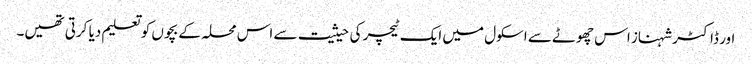
اور ڈاکٹر شہناز اس چھوٹے سے اسکول میں ایک ٹیچر کی حیثیت سے اس محلہ کے بچوں کو تعلیم دیا کرتی تھیں۔